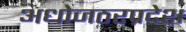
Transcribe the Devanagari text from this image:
अधोजठरप्रदेश